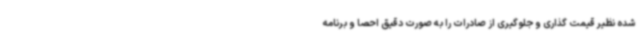
شده نظیر قیمت گذاری و جلوگیری از صادرات را به صورت دقیق احصا و برنامه